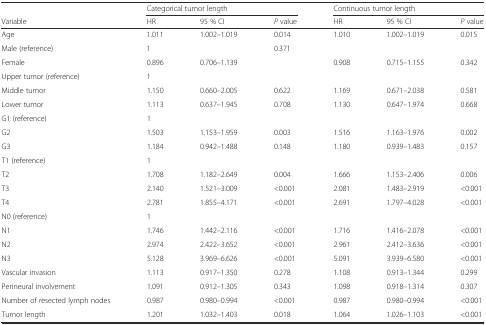
<table><thead><tr><td></td><td colspan="3"><b>Categorical tumor length</b></td><td colspan="3"><b>Continuous tumor length</b></td></tr><tr><td><b>Variable</b></td><td><b>HR</b></td><td><b>95 % CI</b></td><td><b><i>P</i> value</b></td><td><b>HR</b></td><td><b>95 % CI</b></td><td><b><i>P</i> value</b></td></tr></thead><tbody><tr><td>Age</td><td>1.011</td><td>1.002–1.019</td><td>0.014</td><td>1.010</td><td>1.002–1.019</td><td>0.015</td></tr><tr><td>Male (reference)</td><td>1</td><td></td><td>0.371</td><td></td><td></td><td></td></tr><tr><td>Female</td><td>0.896</td><td>0.706–1.139</td><td></td><td>0.908</td><td>0.715–1.155</td><td>0.342</td></tr><tr><td>Upper tumor (reference)</td><td>1</td><td></td><td></td><td></td><td></td><td></td></tr><tr><td>Middle tumor</td><td>1.150</td><td>0.660–2.005</td><td>0.622</td><td>1.169</td><td>0.671–2.038</td><td>0.581</td></tr><tr><td>Lower tumor</td><td>1.113</td><td>0.637–1.945</td><td>0.708</td><td>1.130</td><td>0.647–1.974</td><td>0.668</td></tr><tr><td>G1 (reference)</td><td>1</td><td></td><td></td><td></td><td></td><td></td></tr><tr><td>G2</td><td>1.503</td><td>1.153–1.959</td><td>0.003</td><td>1.516</td><td>1.163–1.976</td><td>0.002</td></tr><tr><td>G3</td><td>1.184</td><td>0.942–1.488</td><td>0.148</td><td>1.180</td><td>0.939–1.483</td><td>0.157</td></tr><tr><td>T1 (reference)</td><td>1</td><td></td><td></td><td></td><td></td><td></td></tr><tr><td>T2</td><td>1.708</td><td>1.182–2.649</td><td>0.004</td><td>1.666</td><td>1.153–2.406</td><td>0.006</td></tr><tr><td>T3</td><td>2.140</td><td>1.521–3.009</td><td>&lt;0.001</td><td>2.081</td><td>1.483–2.919</td><td>&lt;0.001</td></tr><tr><td>T4</td><td>2.781</td><td>1.855–4.171</td><td>&lt;0.001</td><td>2.691</td><td>1.797–4.028</td><td>&lt;0.001</td></tr><tr><td>N0 (reference)</td><td>1</td><td></td><td></td><td></td><td></td><td></td></tr><tr><td>N1</td><td>1.746</td><td>1.442–2.116</td><td>&lt;0.001</td><td>1.716</td><td>1.416–2.078</td><td>&lt;0.001</td></tr><tr><td>N2</td><td>2.974</td><td>2.422–3.652</td><td>&lt;0.001</td><td>2.961</td><td>2.412–3.636</td><td>&lt;0.001</td></tr><tr><td>N3</td><td>5.128</td><td>3.969–6.626</td><td>&lt;0.001</td><td>5.091</td><td>3.939–6.580</td><td>&lt;0.001</td></tr><tr><td>Vascular invasion</td><td>1.113</td><td>0.917–1.350</td><td>0.278</td><td>1.108</td><td>0.913–1.344</td><td>0.299</td></tr><tr><td>Perineural involvement</td><td>1.091</td><td>0.912–1.305</td><td>0.343</td><td>1.098</td><td>0.918–1.314</td><td>0.307</td></tr><tr><td>Number of resected lymph nodes</td><td>0.987</td><td>0.980–0.994</td><td>&lt;0.001</td><td>0.987</td><td>0.980–0.994</td><td>&lt;0.001</td></tr><tr><td>Tumor length</td><td>1.201</td><td>1.032–1.403</td><td>0.018</td><td>1.064</td><td>1.026–1.103</td><td>&lt;0.001</td></tr></tbody></table>